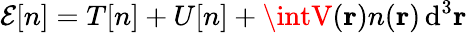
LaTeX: \mathcal{E}[n]=T[n]+U[n]+\intV(\mathbf{{r}})n(\mathbf{{r}})\, \mathrm{{d}}^{3}\mathbf{{r}}